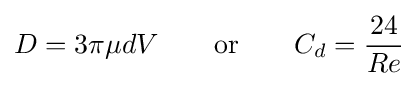
D=3\pi \mu dV\qquad {\text{or}}\qquad C_{d}={\frac {24}{Re}}